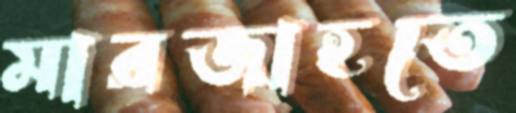
মারজাহতে